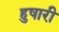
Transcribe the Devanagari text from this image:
हुषारी